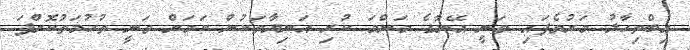
އިބްތިހާލު މަރުވެފައި ވަނީ އޭނާގެ މަންމަ ކުރި އަނިޔާތަކުން ކަމަށް ވަނީ ތުހުމަތުކޮށްފަ